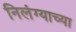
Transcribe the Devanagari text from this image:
निलंग्याच्या